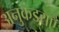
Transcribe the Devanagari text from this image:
अनुकंडराएँ